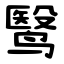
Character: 鹥